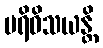
ပရိဝိသယန္တိ